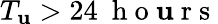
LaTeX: T_{\mathbf{u}}>24\ \mathrm{{~h~o~\mathbf{u}~r~s~}}